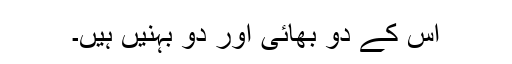
اس کے دو بھائی اور دو بہنیں ہیں۔